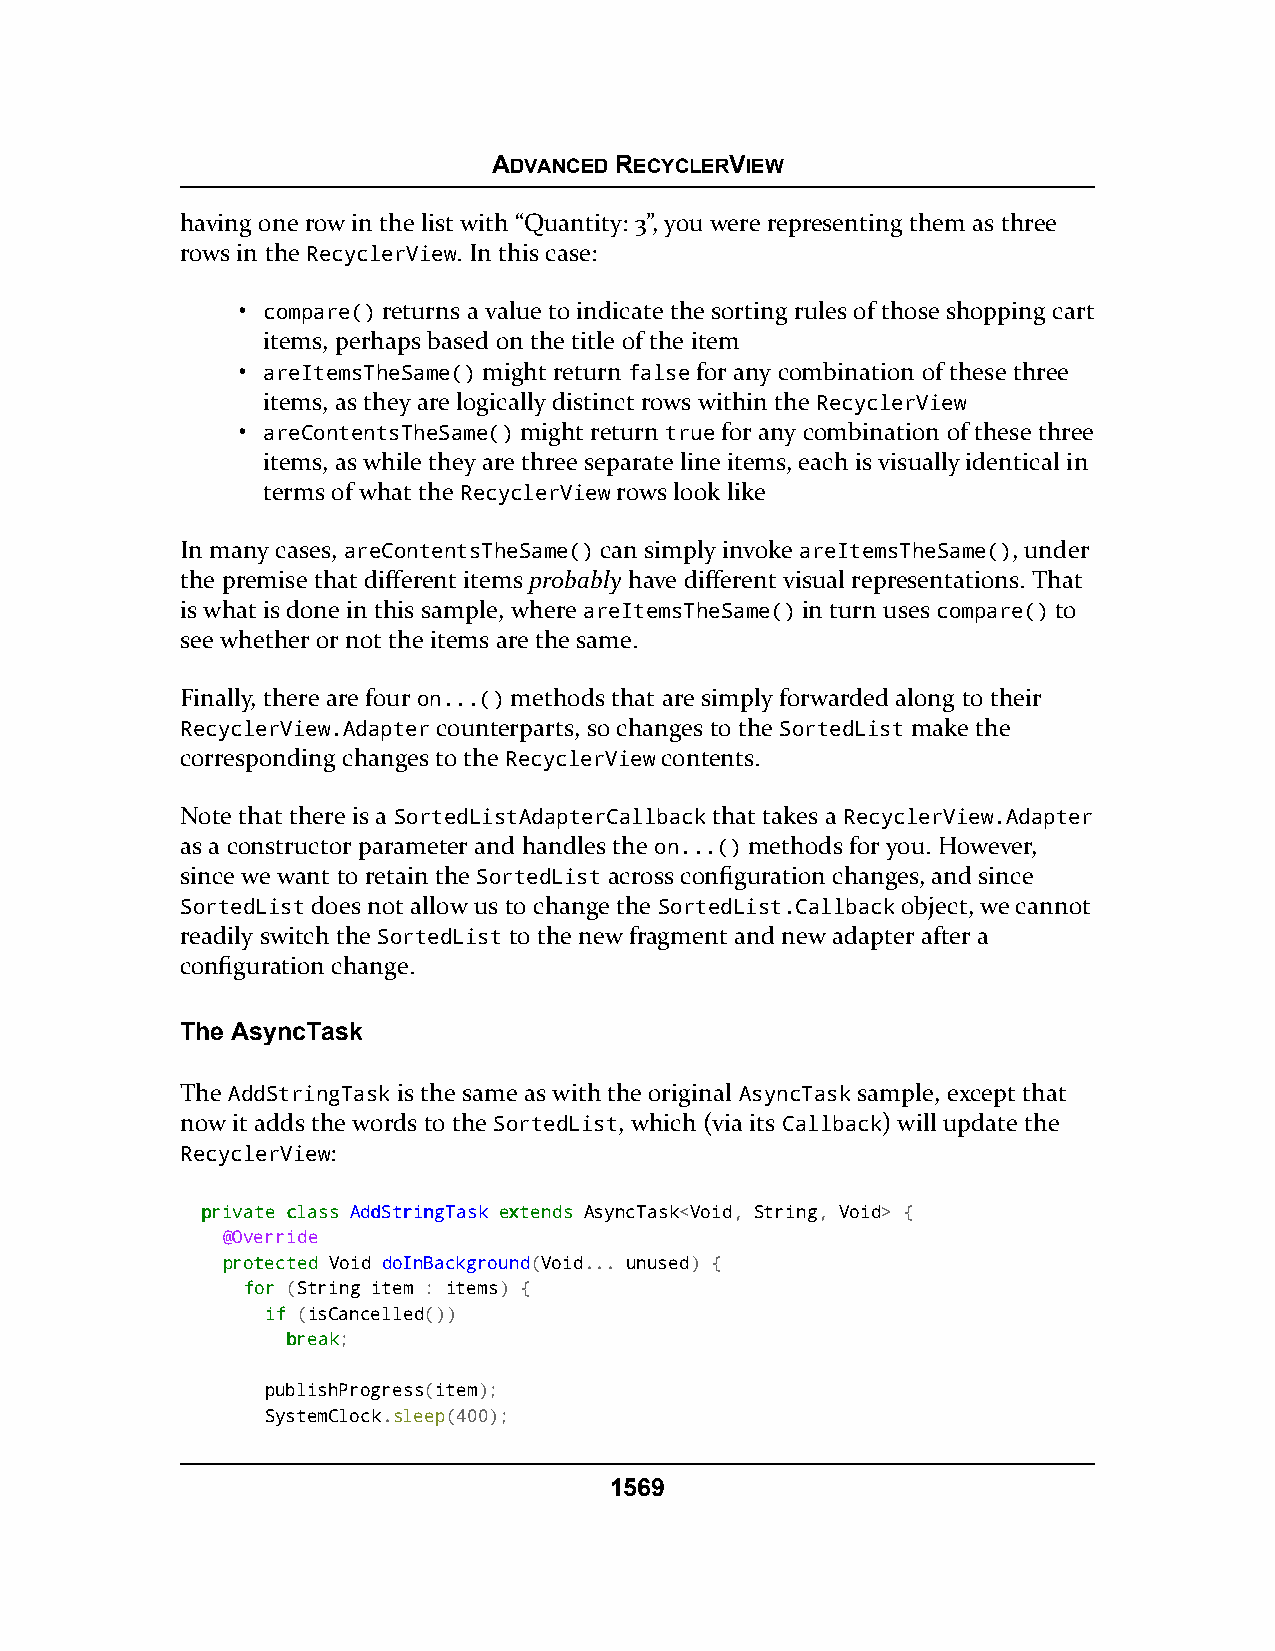
ADVANCED RECYCLERVIEW
 having one row in the list with “Quantity: 3”, you were representing them as three
 rows in the RecyclerView. In this case:
 • compare() returns a value to indicate the sorting rules of those shopping cart
 items, perhaps based on the title of the item
 • areItemsTheSame() might return false for any combination of these three
 items, as they are logically distinct rows within the RecyclerView
 • areContentsTheSame() might return true for any combination of these three
 items, as while they are three separate line items, each is visually identical in
 terms of what the RecyclerView rows look like
 In many cases, areContentsTheSame() can simply invoke areItemsTheSame(), under
 the premise that different items probably have different visual representations. That
 is what is done in this sample, where areItemsTheSame() in turn uses compare() to
 see whether or not the items are the same.
 Finally, there are four on...() methods that are simply forwarded along to their
 RecyclerView.Adapter counterparts, so changes to the SortedList make the
 corresponding changes to the RecyclerView contents.
 Note that there is a SortedListAdapterCallback that takes a RecyclerView.Adapter
 as a constructor parameter and handles the on...() methods for you. However,
 since we want to retain the SortedList across configuration changes, and since
 SortedList does not allow us to change the SortedList.Callback object, we cannot
 readily switch the SortedList to the new fragment and new adapter after a
 configuration change.
 The AsyncTask
 The AddStringTask is the same as with the original AsyncTask sample, except that
 now it adds the words to the SortedList, which (via its Callback) will update the
 RecyclerView:
 pprriivvaattee ccllaassss AAddddSSttrriinnggTTaasskk eexxtteennddss AsyncTask<Void, String, Void> {
 @Override
 pprrootteecctteedd Void doInBackground(Void... unused) {
 ffoorr (String item : items) {
 iiff (isCancelled())
 bbrreeaakk;
 publishProgress(item);
 SystemClock.sleep(400);
 1569